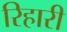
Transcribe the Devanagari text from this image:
रिहारी